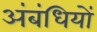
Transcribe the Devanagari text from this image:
अंबंधियों